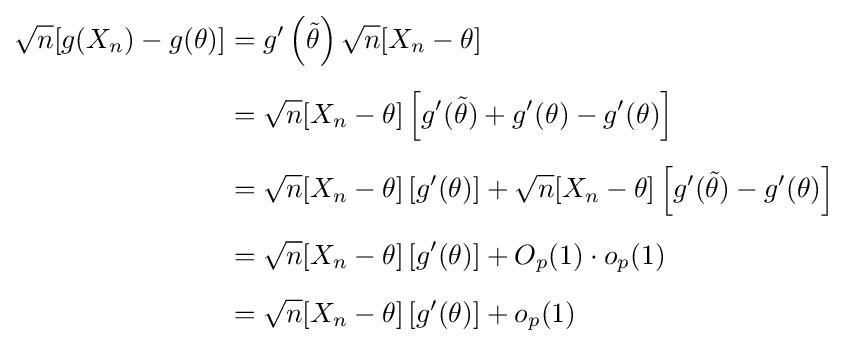
{\begin{aligned}{\sqrt {n}}[g(X_{n})-g(\theta )]&=g'\left({\tilde {\theta }}\right){\sqrt {n}}[X_{n}-\theta ]\\[5pt]&={\sqrt {n}}[X_{n}-\theta ]\left[g'({\tilde {\theta }})+g'(\theta )-g'(\theta )\right]\\[5pt]&={\sqrt {n}}[X_{n}-\theta ]\left[g'(\theta )\right]+{\sqrt {n}}[X_{n}-\theta ]\left[g'({\tilde {\theta }})-g'(\theta )\right]\\[5pt]&={\sqrt {n}}[X_{n}-\theta ]\left[g'(\theta )\right]+O_{p}(1)\cdot o_{p}(1)\\[5pt]&={\sqrt {n}}[X_{n}-\theta ]\left[g'(\theta )\right]+o_{p}(1)\end{aligned}}